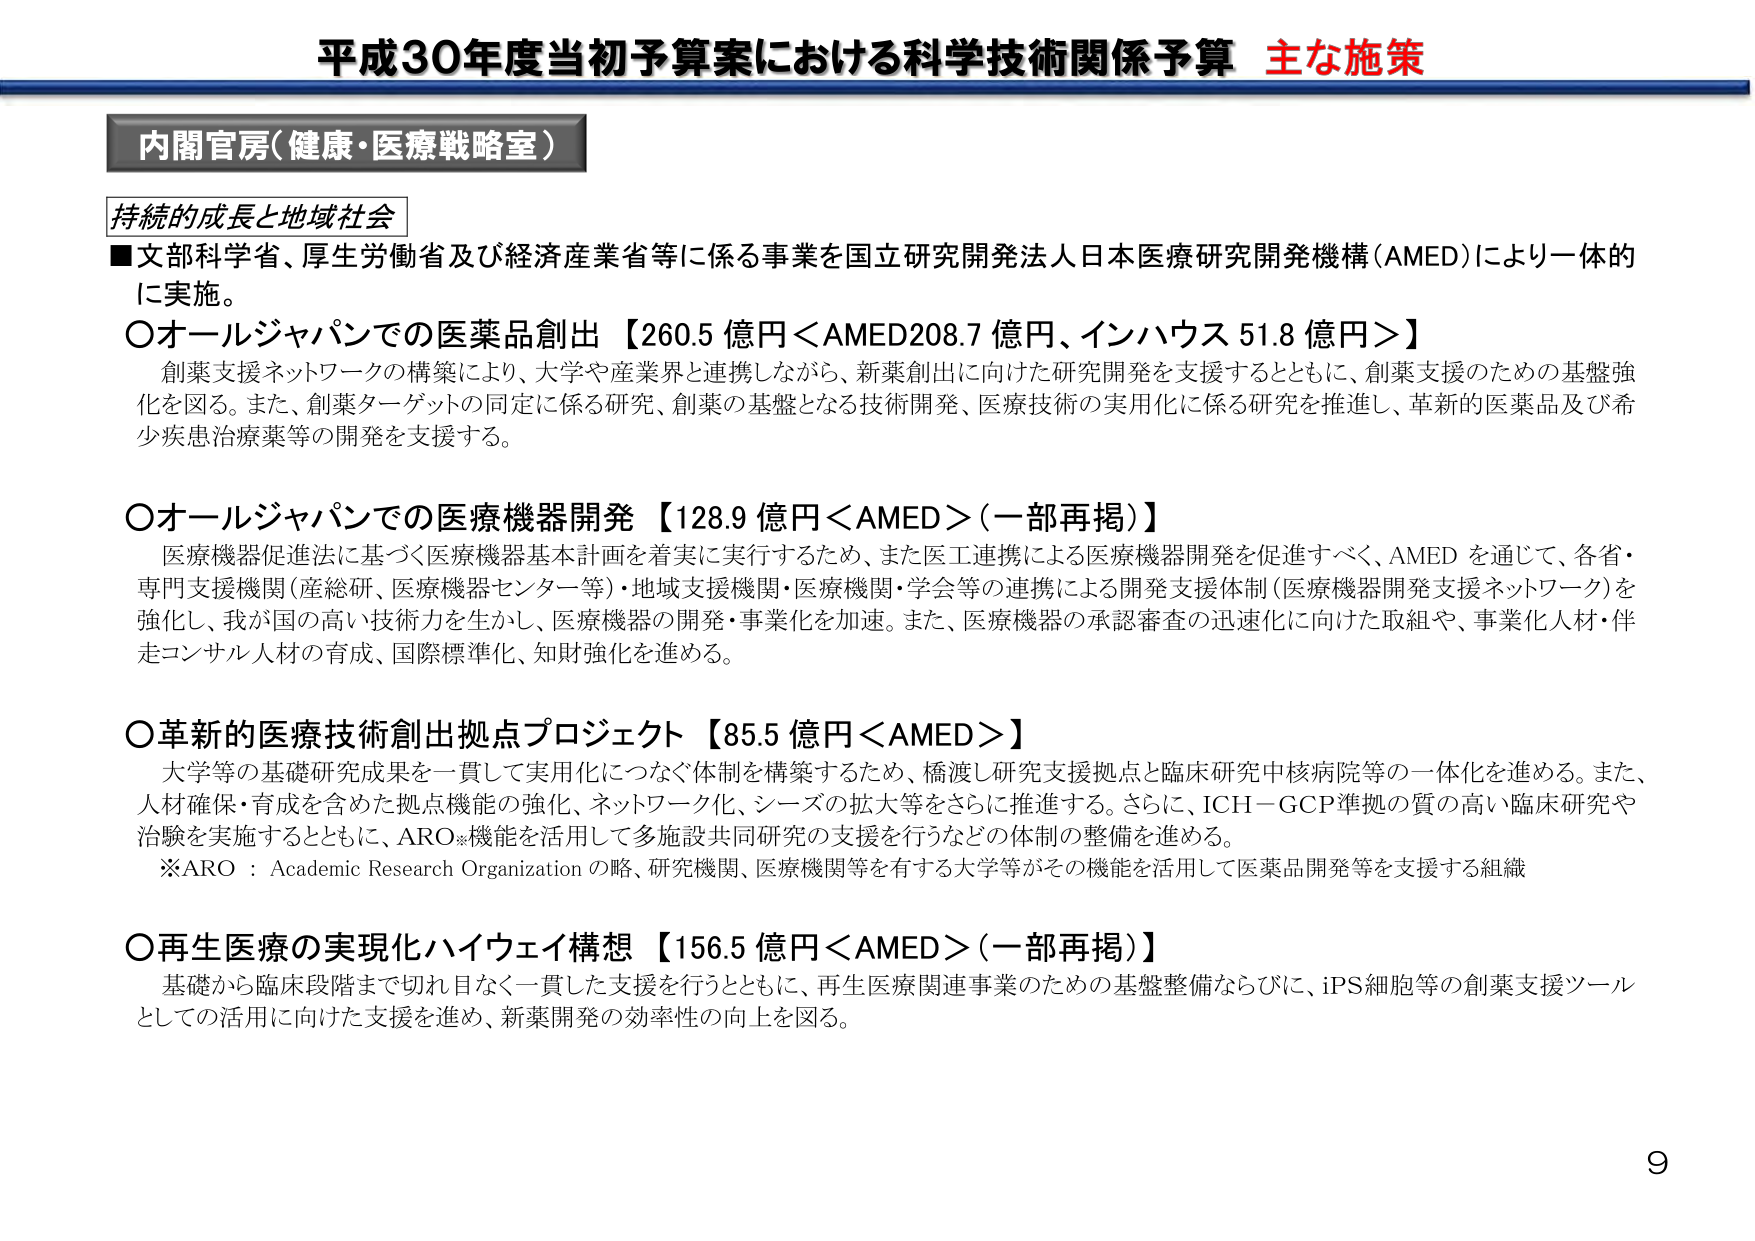
平成30年度当初予算案における科学技術関係予算 主な施策

内閣官房（健康・医療戦略室）

持続的成長と地域社会

■文部科学省、厚生労働省及び経済産業省等に係る事業を国立研究開発法人日本医療研究開発機構（AMED）により一体的に実施。

○オールジャパンでの医薬品創出【260.5 億円＜AMED208.7 億円、インハウス 51.8 億円＞】
　創薬支援ネットワークの構築により、大学や産業界と連携しながら、新薬創出に向けた研究開発を支援するとともに、創薬支援のための基盤強化を図る。また、創薬ターゲットの同定に係る研究、創薬の基盤となる技術開発、医療技術の実用化に係る研究を推進し、革新的医薬品及び希少疾患治療薬等の開発を支援する。

○オールジャパンでの医療機器開発【128.9 億円＜AMED＞（一部再掲）】
　医療機器促進法に基づく医療機器基本計画を着実に実行するため、また医工連携による医療機器開発を促進すべく、AMED を通じて、各省・専門支援機関（産総研、医療機器センター等）・地域支援機関・医療機関・学会等の連携による開発支援体制（医療機器開発支援ネットワーク）を強化し、我が国の高い技術力を生かし、医療機器の開発・事業化を加速。また、医療機器の承認審査の迅速化に向けた取組や、事業化人材・伴走コンサル人材の育成、国際標準化、知財強化を進める。

○革新的医療技術創出拠点プロジェクト【85.5 億円＜AMED＞】
　大学等の基礎研究成果を一貫して実用化につなぐ体制を構築するため、橋渡し研究支援拠点と臨床研究中核病院等の一体化を進める。また、人材確保・育成を含めた拠点機能の強化、ネットワーク化、シーズの拡大等をさらに推進する。さらに、ICH－GCP準拠の質の高い臨床研究や治験を実施するとともに、ARO※機能を活用して多施設共同研究の支援を行うなどの体制の整備を進める。
　※ARO：Academic Research Organization の略、研究機関、医療機関等を有する大学等がその機能を活用して医薬品開発等を支援する組織

○再生医療の実現化ハイウェイ構想【156.5 億円＜AMED＞（一部再掲）】
　基礎から臨床段階まで切れ目なく一貫した支援を行うとともに、再生医療関連事業のための基盤整備ならびに、iPS細胞等の創薬支援ツールとしての活用に向けた支援を進め、新薬開発の効率性の向上を図る。

9